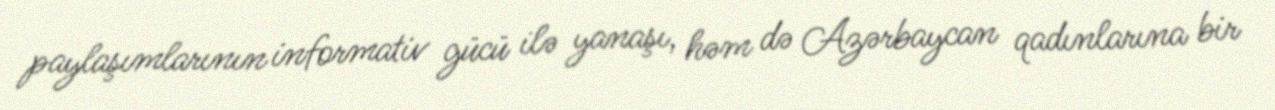
paylaşımlarının informativ gücü ilə yanaşı, həm də Azərbaycan qadınlarına bir